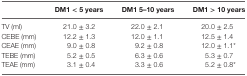
<table><thead><tr><td></td><td><b>DM1 &lt; 5 years</b></td><td><b>DM1 5–10 years</b></td><td><b>DM1 &gt; 10 years</b></td></tr></thead><tbody><tr><td>TV (ml)</td><td>21.0 ± 3.2</td><td>22.0 ± 2.1</td><td>20.0 ± 2.5</td></tr><tr><td>CEBE (mm)</td><td>12.2 ± 1.3</td><td>12.0 ± 1.1</td><td>12.5 ± 1.4</td></tr><tr><td>CEAE (mm)</td><td>9.0 ± 0.8</td><td>9.2 ± 0.8</td><td>12.0 ± 1.1*</td></tr><tr><td>TEBE (mm)</td><td>5.2 ± 0.5</td><td>6.3 ± 0.6</td><td>5.3 ± 0.7</td></tr><tr><td>TEAE (mm)</td><td>3.1 ± 0.4</td><td>3.3 ± 0.6</td><td>5.2 ± 0.8*</td></tr></tbody></table>